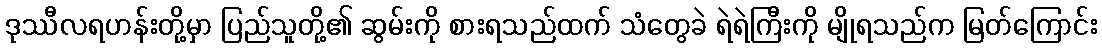
ဒုဿီလရဟန်းတို့မှာ ပြည်သူတို့၏ ဆွမ်းကို စားရသည်ထက် သံတွေခဲ ရဲရဲကြီးကို မျိုရသည်က မြတ်ကြောင်း